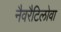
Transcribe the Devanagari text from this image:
नैवरैटिलोवा